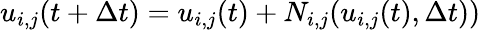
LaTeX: u_{i,j}(t+\Delta t)=u_{i,j}(t)+N_{i,j}(u_{i,j}(t),\Delta t))